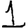
Digit: 1